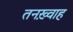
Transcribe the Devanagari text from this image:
तनख़्वाह